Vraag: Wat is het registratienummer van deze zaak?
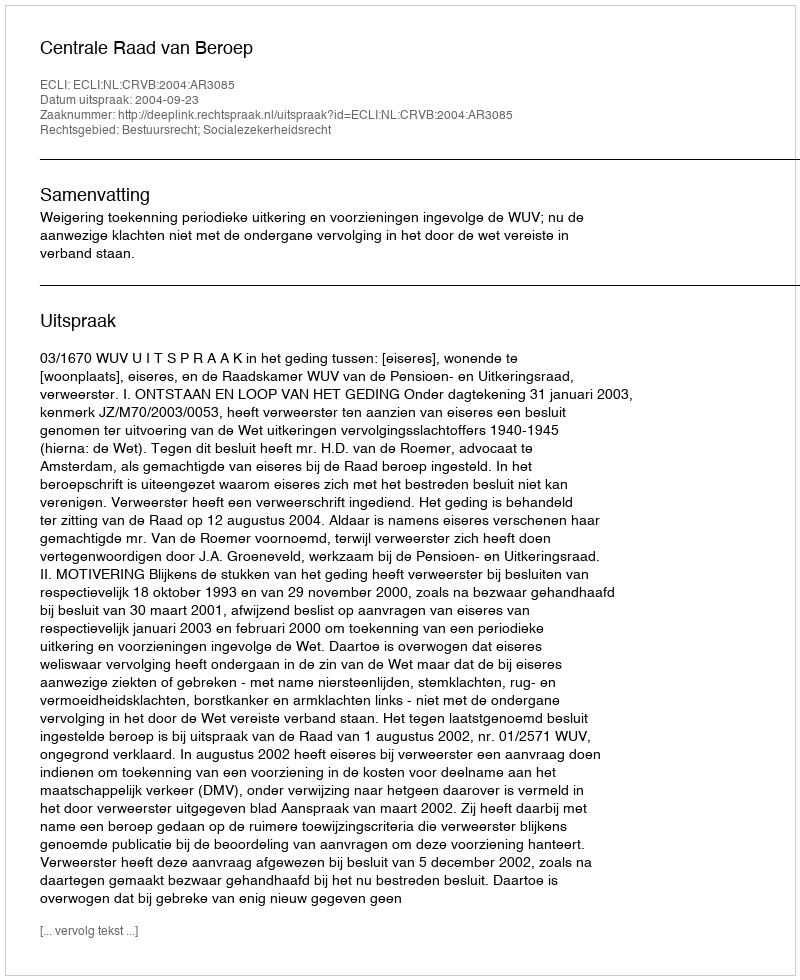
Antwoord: http://deeplink.rechtspraak.nl/uitspraak?id=ECLI:NL:CRVB:2004:AR3085